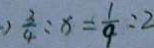
) \frac { 3 } { 4 } : x = \frac { 1 } { 4 } : 2